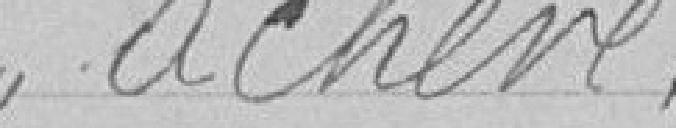
achevé.